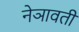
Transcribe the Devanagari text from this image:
नेञावती